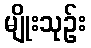
မျိုးသုဉ်း